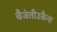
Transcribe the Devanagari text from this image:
बैजंतीउकैना